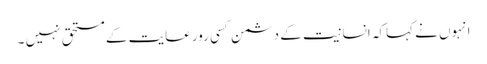
انہوں نے کہاکہ انسانیت کے دشمن کسی رورعایت کے مستحق نہیں ۔